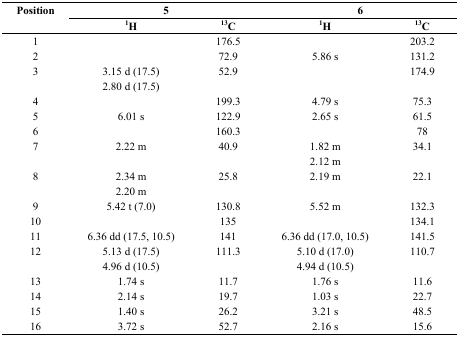
<table><thead><tr><td rowspan="2"><b>Position</b></td><td colspan="2"><b>5</b></td><td colspan="2"><b>6</b></td></tr><tr><td><b><sup>1</sup>H</b></td><td><b><sup>13</sup>C</b></td><td><b><sup>1</sup>H</b></td><td><b><sup>13</sup>C</b></td></tr></thead><tbody><tr><td>1</td><td></td><td>176.5</td><td></td><td>203.2</td></tr><tr><td>2</td><td></td><td>72.9</td><td>5.86 s</td><td>131.2</td></tr><tr><td>3</td><td>3.15 d (17.5)</td><td>52.9</td><td></td><td>174.9</td></tr><tr><td></td><td>2.80 d (17.5)</td><td></td><td></td><td></td></tr><tr><td>4</td><td></td><td>199.3</td><td>4.79 s</td><td>75.3</td></tr><tr><td>5</td><td>6.01 s</td><td>122.9</td><td>2.65 s</td><td>61.5</td></tr><tr><td>6</td><td></td><td>160.3</td><td></td><td>78</td></tr><tr><td>7</td><td>2.22 m</td><td>40.9</td><td>1.82 m</td><td>34.1</td></tr><tr><td></td><td></td><td></td><td>2.12 m</td><td></td></tr><tr><td>8</td><td>2.34 m</td><td>25.8</td><td>2.19 m</td><td>22.1</td></tr><tr><td></td><td>2.20 m</td><td></td><td></td><td></td></tr><tr><td>9</td><td>5.42 t (7.0)</td><td>130.8</td><td>5.52 m</td><td>132.3</td></tr><tr><td>10</td><td></td><td>135</td><td></td><td>134.1</td></tr><tr><td>11</td><td>6.36 dd (17.5, 10.5)</td><td>141</td><td>6.36 dd (17.0, 10.5)</td><td>141.5</td></tr><tr><td>12</td><td>5.13 d (17.5)</td><td>111.3</td><td>5.10 d (17.0)</td><td>110.7</td></tr><tr><td></td><td>4.96 d (10.5)</td><td></td><td>4.94 d (10.5)</td><td></td></tr><tr><td>13</td><td>1.74 s</td><td>11.7</td><td>1.76 s</td><td>11.6</td></tr><tr><td>14</td><td>2.14 s</td><td>19.7</td><td>1.03 s</td><td>22.7</td></tr><tr><td>15</td><td>1.40 s</td><td>26.2</td><td>3.21 s</td><td>48.5</td></tr><tr><td>16</td><td>3.72 s</td><td>52.7</td><td>2.16 s</td><td>15.6</td></tr></tbody></table>